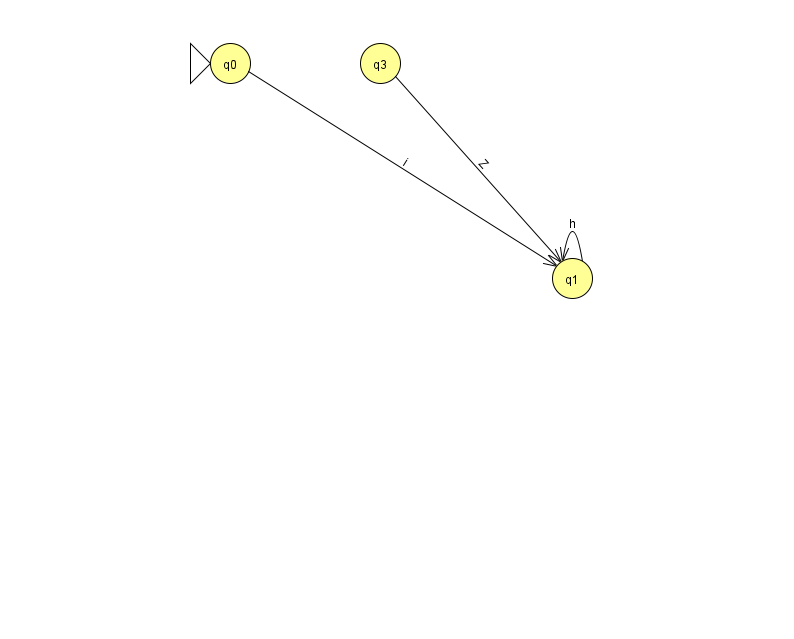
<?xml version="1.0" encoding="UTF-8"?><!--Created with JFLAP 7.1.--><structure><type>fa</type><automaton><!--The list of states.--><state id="0" name="q0"><x>230.0</x><y>50.0</y><initial/></state><state id="1" name="q1"><x>572.0</x><y>265.0</y></state><state id="3" name="q3"><x>380.0</x><y>50.0</y></state><!--The list of transitions.--><transition><from>0</from><to>1</to><read>i</read></transition><transition><from>1</from><to>1</to><read>h</read></transition><transition><from>3</from><to>1</to><read>Z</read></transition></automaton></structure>